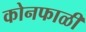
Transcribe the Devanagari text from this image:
कोनफाळी